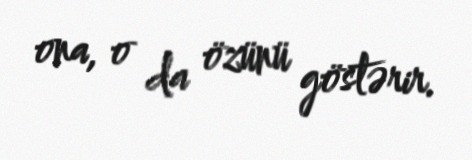
ona, o da özünü göstərir.